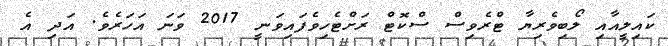
ކައިލީއާއި ލޯބިވެރިޔާ ޓްރެވިސް ސްކޮޓް ރަށްޓެހިވެފައިވަނީ 2017 ވަނަ އަހަރެވެ. އަދި އެ